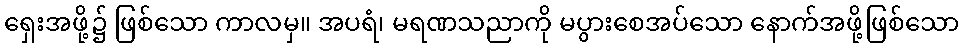
ရှေးအဖို့၌ ဖြစ်သော ကာလမှ။ အပရံ၊ မရဏသညာကို မပွားစေအပ်သော နောက်အဖို့ဖြစ်သော